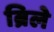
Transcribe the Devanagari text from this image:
ब्रिले